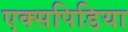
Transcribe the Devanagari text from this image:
एक्सपिडिया